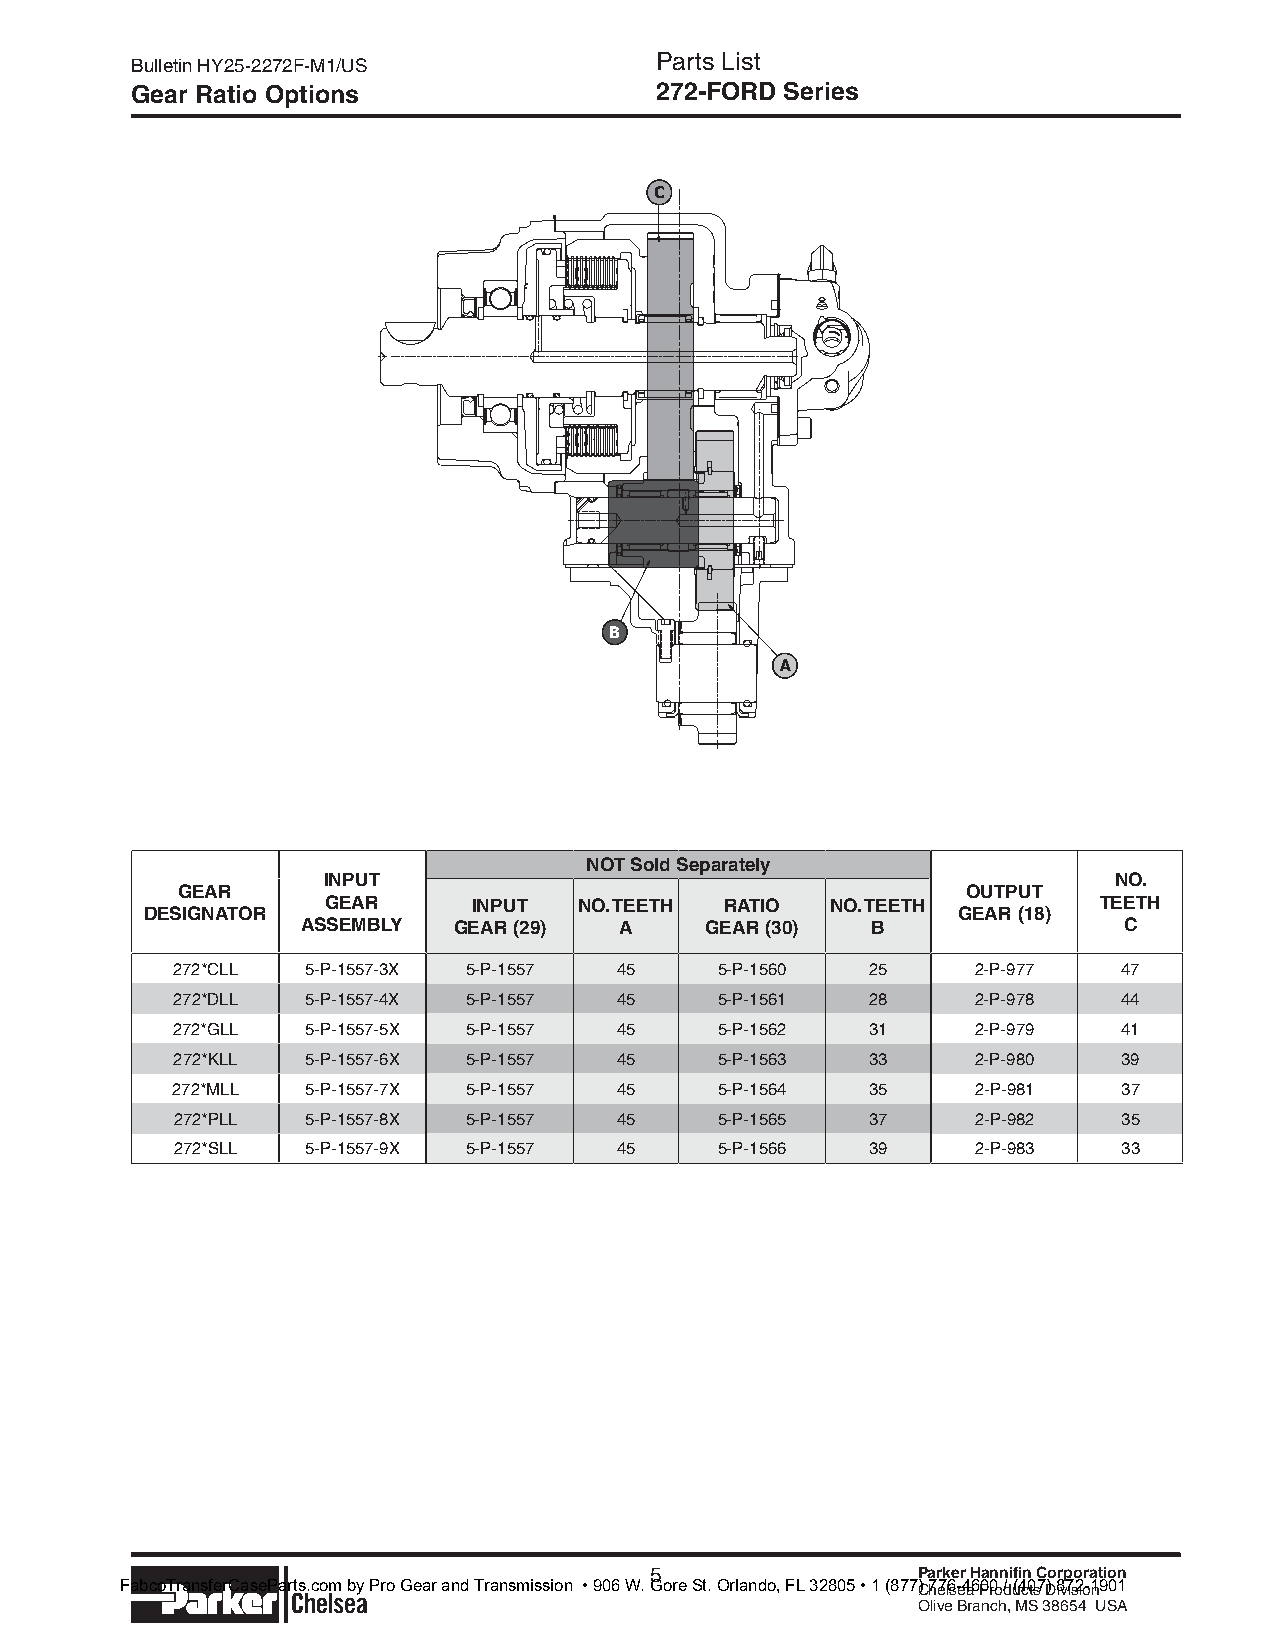
Parts List
 Bulletin HY25-2272F-M1/US
 Gear Ratio Options                272-FORD Series
 C
 B
 A
 NOT Sold Separately
 INPUT                                                NO.
 GEAR                                                OUTPUT
 GEAR     INPUT  NO. TEETH RATIO  NO. TEETH         TEETH
 DESIGNATOR                                           GEAR (18)
 ASSEMBLY  GEAR (29)  A     GEAR (30)  B               C
 272*CLL  5-P-1557-3X 5-P-1557 45     5-P-1560  25     2-P-977  47
 272*DLL  5-P-1557-4X 5-P-1557 45     5-P-1561  28     2-P-978  44
 272*GLL  5-P-1557-5X 5-P-1557 45     5-P-1562  31     2-P-979  41
 272*KLL  5-P-1557-6X 5-P-1557 45     5-P-1563  33     2-P-980  39
 272*MLL  5-P-1557-7X 5-P-1557 45     5-P-1564  35     2-P-981  37
 272*PLL  5-P-1557-8X 5-P-1557 45     5-P-1565  37     2-P-982  35
 272*SLL  5-P-1557-9X 5-P-1557 45     5-P-1566  39     2-P-983  33
 5                 Parker Hannifin Corporation
 Parker  lchelsea                                  Chelsea Products Division
 Olive Branch, MS 38654 USA